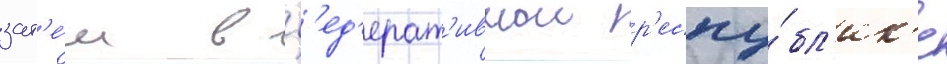
зат'е́м в ф'ед'ерат'ивнои р'еспу́бл'ик'е